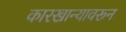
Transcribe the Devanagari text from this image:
कारखान्यावरून